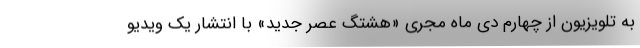
به تلویزیون از چهارم دی ماه مجری «هشتگ عصر جدید» با انتشار یک ویدیو